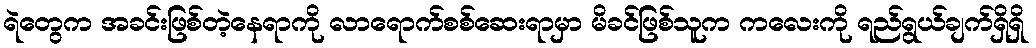
ရဲတွေက အခင်းဖြစ်တဲ့နေရာကို လာရောက်စစ်ဆေးရာမှာ မိခင်ဖြစ်သူက ကလေးကို ရည်ရွယ်ချက်ရှိရှိ